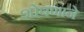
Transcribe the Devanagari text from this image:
शोषणाने